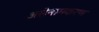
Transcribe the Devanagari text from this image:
असेनामकरण